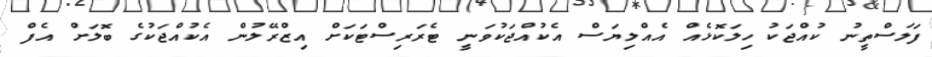
ފަލަސްތީނު ކުއްޖަކު ހިލަކޮޅެއް އެއްލިޔަސް އެކުއްޖަކުވަނީ ޓެރަރިސްޓަކަށް އިޒްރޭލުން އެކުއްޖަކުގެ ބޮލަށް އެފް